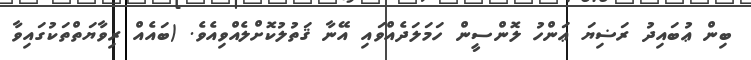
ބިން ޢުބައިދު ރަޟިޔަ ޢަންހު ލޮންސީން ހަމަލަދެއްވައި އޭނާ ޤަތުލުކޮށްލެއްވިއެވެ. (ބައެއް ރިވާޔަތްތަކުގައިވާ